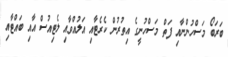
ބަރަބޯ މަސްހުންނާއި ފަތް މަސްހުނީގެ އިތުރުން ކެރެޓާއި އަލުއްވާއި ލެޓިއުސް އާއި ބައްޓާއި